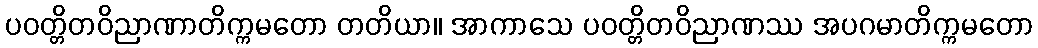
ပဝတ္တိတဝိညာဏာတိက္ကမတော တတိယာ။ အာကာသေ ပဝတ္တိတဝိညာဏဿ အပဂမာတိက္ကမတော